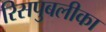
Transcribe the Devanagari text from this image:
रिसपुबलीका